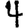
Digit: 4